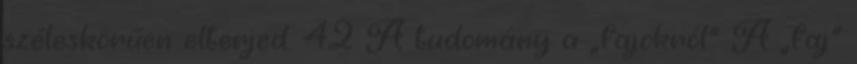
széleskörűen elterjed. 42 A tudomány a „fajokról” A „faj”